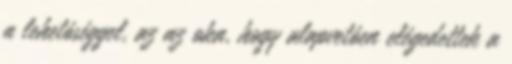
a lehetôséggel, az az oka, hogy alapvetôen elégedettek a